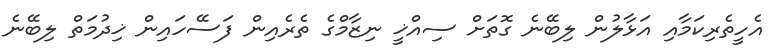
އެހީތެރިކަމާއި އަޅާލުން ލިބޭނެ ގޮތަށް ސިއްޚީ ނިޒާމްގެ ތެރެއިން ފަސޭހައިން ޚިދުމަތް ލިބޭނެ